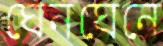
ঘেনঘেনে